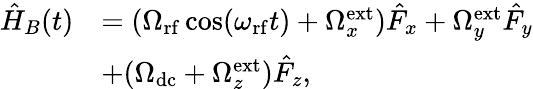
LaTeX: \begin{array}{rl}{\hat{H}_{B}(t)}&{=(\Omega_{\mathrm{rf}}\cos(\omega_{\mathrm{rf}}t)+\Omega_{x}^{\mathrm{ext}})\hat{F}_{x}+\Omega_{y}^{\mathrm{ext}}\hat{F}_{y}}\\ &{+(\Omega_{\mathrm{dc}}+\Omega_{z}^{\mathrm{ext}})\hat{F}_{z},}\end{array}